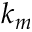
k _ { m }